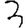
Digit: 3